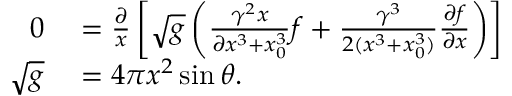
\begin{array} { r l } { 0 } & { { } = \frac { \partial } { x } \left[ \sqrt { g } \left( \frac { \gamma ^ { 2 } x } { \partial x ^ { 3 } + x _ { 0 } ^ { 3 } } f + \frac { \gamma ^ { 3 } } { 2 ( x ^ { 3 } + x _ { 0 } ^ { 3 } ) } \frac { \partial f } { \partial x } \right) \right] } \\ { \sqrt { g } } & { { } = 4 \pi x ^ { 2 } \sin \theta . } \end{array}